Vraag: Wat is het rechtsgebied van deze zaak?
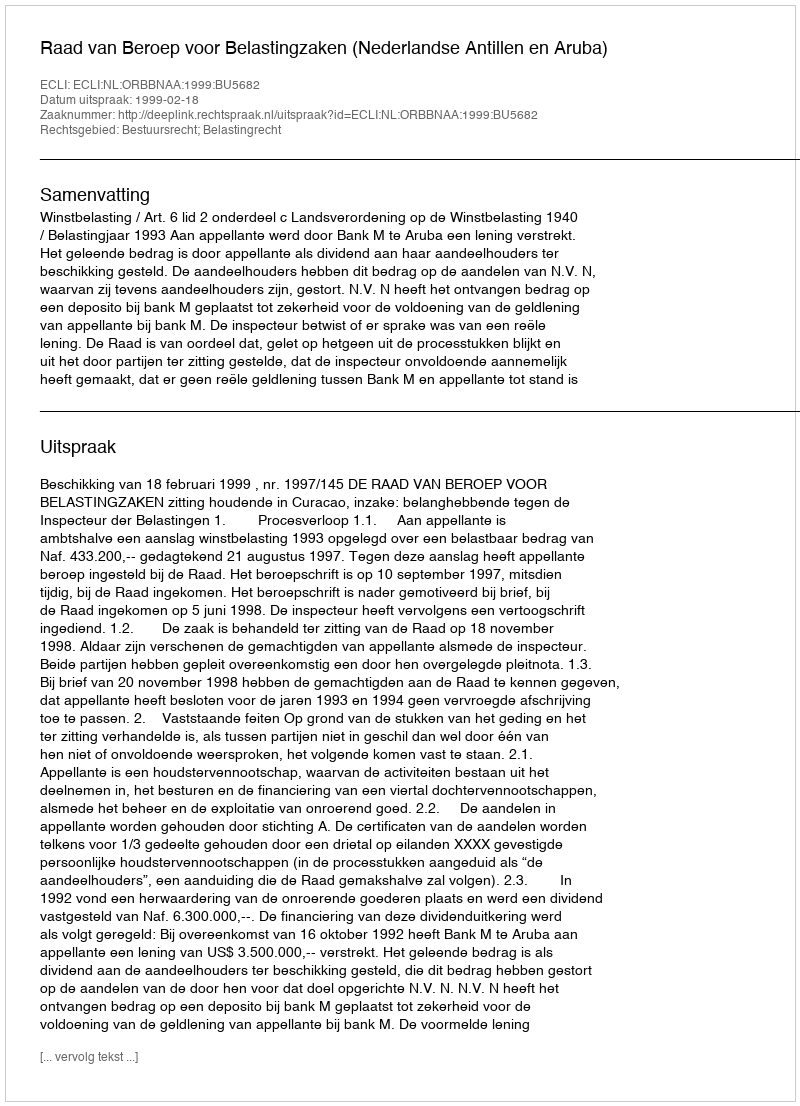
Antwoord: Bestuursrecht; Belastingrecht